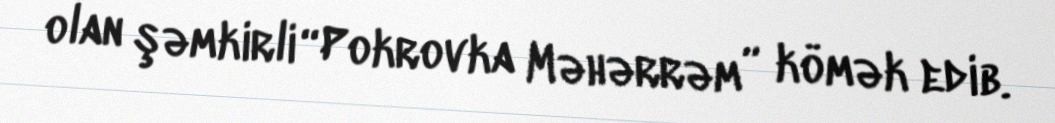
olan şəmkirli “Pokrovka Məhərrəm” kömək edib.